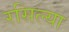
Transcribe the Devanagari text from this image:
रसिल्या